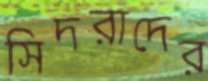
সিদরাদের